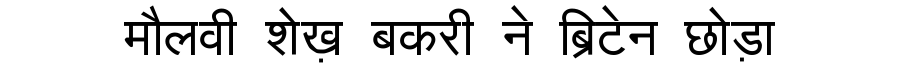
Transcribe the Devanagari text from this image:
मौलवी शेख़ बकरी ने ब्रिटेन छोड़ा